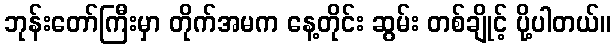
ဘုန်းတော်ကြီးမှာ တိုက်အမက နေ့တိုင်း ဆွမ်း တစ်ချိုင့် ပို့ပါတယ်။